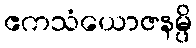
ဧကသံယောဇနမ္ပိ